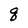
Character: q